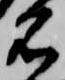
名